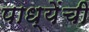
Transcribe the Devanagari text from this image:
पाध्येंची